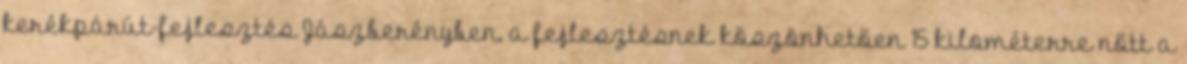
kerékpárút-fejlesztés Jászberényben, a fejlesztésnek köszönhetően 15 kilométerre nőtt a